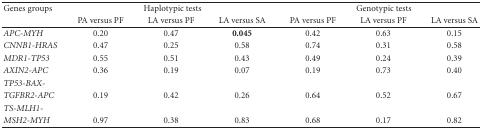
<table><thead><tr><td><b>Genes groups</b></td><td colspan="3"><b>Haplotypic tests</b></td><td colspan="3"><b>Genotypic tests</b></td></tr><tr><td></td><td><b>PA versus PF</b></td><td><b>LA versus PF</b></td><td><b>LA versus SA</b></td><td><b>PA versus PF</b></td><td><b>LA versus PF</b></td><td><b>LA versus SA </b></td></tr></thead><tbody><tr><td><i>APC-MYH</i></td><td>0.20</td><td>0.47</td><td><b>0.045</b></td><td>0.42</td><td>0.63</td><td>0.15</td></tr><tr><td><i>CNNB1-HRAS</i></td><td>0.47</td><td>0.25</td><td>0.58</td><td>0.74</td><td>0.31</td><td>0.58</td></tr><tr><td><i>MDR1-TP53</i></td><td>0.55</td><td>0.51</td><td>0.43</td><td>0.49</td><td>0.24</td><td>0.39</td></tr><tr><td><i>AXIN2-APC</i></td><td>0.36</td><td>0.19</td><td>0.07</td><td>0.19</td><td>0.73</td><td>0.40</td></tr><tr><td><i>TP53-BAX-</i></td><td></td><td></td><td></td><td></td><td></td><td></td></tr><tr><td><i>TGFBR2-APC</i></td><td>0.19</td><td>0.42</td><td>0.26</td><td>0.64</td><td>0.52</td><td>0.67</td></tr><tr><td><i>TS-MLH1-</i></td><td></td><td></td><td></td><td></td><td></td><td></td></tr><tr><td><i>MSH2-MYH</i></td><td>0.97</td><td>0.38</td><td>0.83</td><td>0.68</td><td>0.17</td><td>0.82</td></tr></tbody></table>